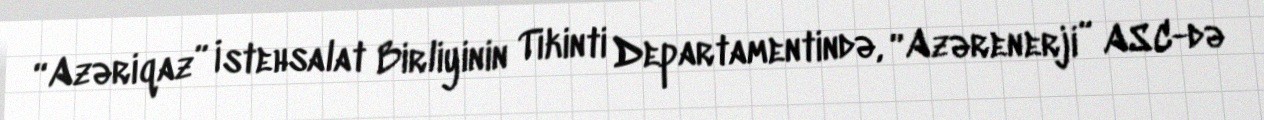
“Azəriqaz” İstehsalat Birliyinin Tikinti Departamentində, “Azərenerji” ASC-də